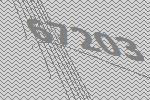
67203